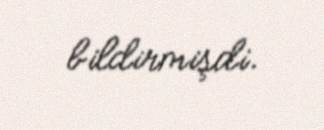
bildirmişdi.